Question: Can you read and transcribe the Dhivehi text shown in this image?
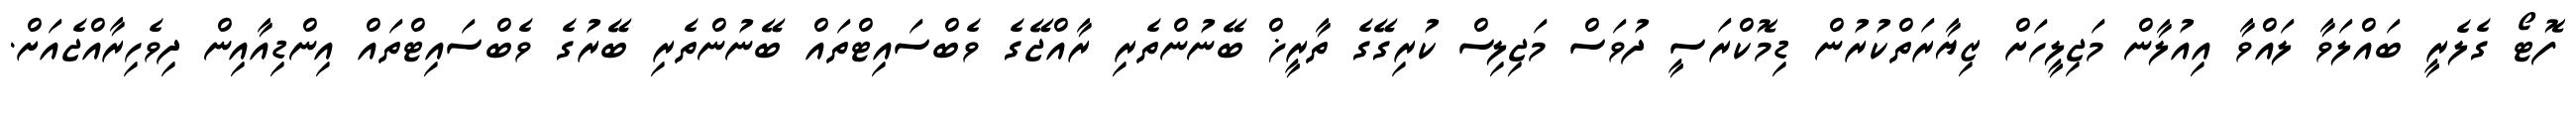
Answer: ފޮޓޯ ގެލެރީ ބައްލަވާ ލައްވާ އިއުލާން މަޖިލީހަށް ޒިޔާރަތްކުރުން ޑިމޮކްރަސީ ދުވަސް މަޖިލިސް ކުރިގޭގެ ތާރީޚް ބޭނުންތެރި ރާއްޖޭގެ ވެބްސައިޓްތައް ބޭނުންތެރި ބޭރުގެ ވެބްސައިޓްތައް އިންޑިއާއިން ދިވެހިރާއްޖެއަށް.